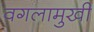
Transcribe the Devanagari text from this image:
वगलामुखी